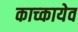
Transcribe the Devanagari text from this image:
काच्कायेव